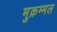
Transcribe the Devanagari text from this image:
मुक़म्मल